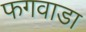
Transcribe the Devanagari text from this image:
फगवाडा